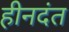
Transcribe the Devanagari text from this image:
हीनदंत